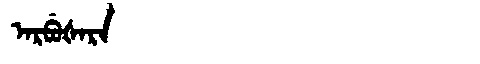
Manchu: ᠠᡵᠪᡠᡧᠠᡵᠠ
Romanization: ARBUŠARA